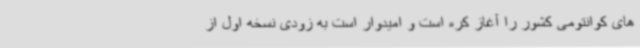
های کوانتومی کشور را آغاز کره است و امیدوار است به زودی نسخه اول از